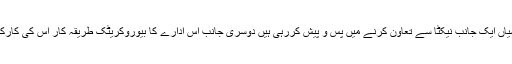
اس صورت میں جبکہ انٹیلی جنس ایجنسیاں ایک جانب نیکٹا سے تعاون کرنے میں پس و پیش کررہی ہیں دوسری جانب اس ادارے کا بیوروکریٹک طریقہ کار اس کی کارکردگی میں بہتری میں رکاوٹ ڈالتا ہے ۔